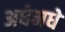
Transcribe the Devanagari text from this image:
अधेमधे